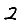
Digit: 2